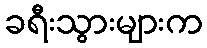
ခရီးသွားများက